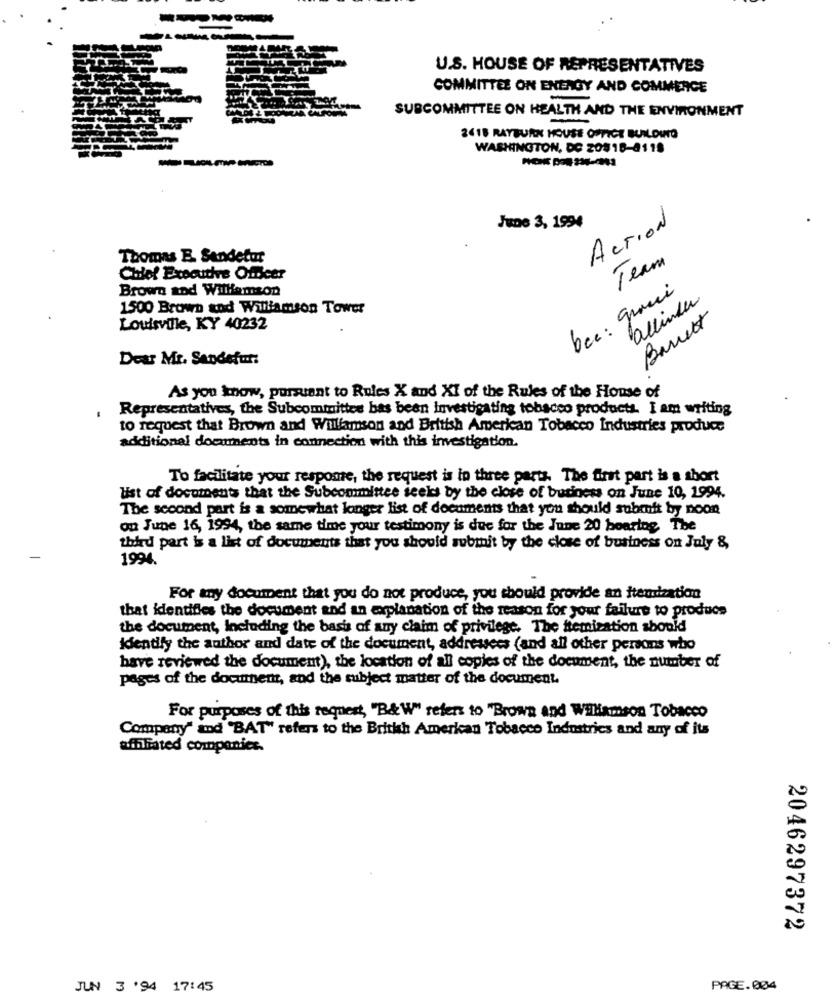
U.S. HOUSE OF REPRESENTATIVES
COMMITTEE ON ENERGY AND COMMERCE
SUBCOMMITTEE ON HEALTH AND THE ENVIRONMENT
2€18 RAYBURN HOUSE OFFICE BUILDUTO
WASHINGTON, DC ZO8 16-8118
June 3, 1994
Action
Thomas E. Sendetur
Team
Chief Executive Officer
Brown and Williamson
bec: grani
allinder
1500 Brown and Williamson Tower
Barett
Louisville, KY 40232
Dear Mr. Sendefur:
As you know, pursuant to Rules X and XI of the Rules of the House of
Representatives, the Subcommittee bas been investigating tobacco products. I am writing
to request that Brown and Willfamson and British American Tobacco Industries produce
additional documents in connection with this investigation.
To facilitate your respone, the request is in three parts. The first part is a short
list of documents that the Subcommittee seeks by the close of business on June 10, 1994.
The second part is a somewhat longer list of documents that you should submit by noon
on June 16, 1994, the same time your testimony is due for the June 20 bearing The
third part is a list of documents that you should submit by the close of business on July &,
1994.
For my document that you do not produce, you should provide an itemization
that identifies the document and an explanation of the reason for your failure to produce
the document, Including the basis of any claim of privilege. The itemization should
identify the author and date of the document, addressees (and all other persons who
have reviewed the document), the location of all copies of the document, the number of
pages of the document, and the subject matter of the document.
For purposes of this request, "B&W" refers to "Brown and Williamson Tobacco
Company" and "BAT" refers to the British American Tobacco Industries and any of its
affiliated companies.
2046297372
JUN 3 '94 17:45
PAGE. 004